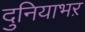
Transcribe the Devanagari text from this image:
दुनियाभऱ